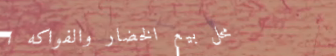
محل بيع الخضار والفواكه ا